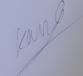
Signature authenticity: genuine